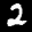
Label: 2